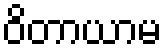
ဝိတာယာမ